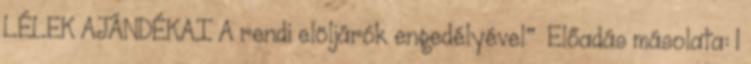
LÉLEK AJÁNDÉKAI A rendi elöljárók engedélyével"— Előadás másolata: 1